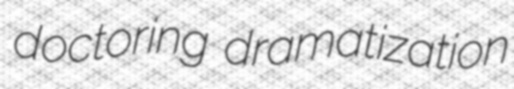
doctoring dramatization